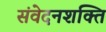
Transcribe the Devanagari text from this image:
संवेदनशक्ति